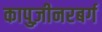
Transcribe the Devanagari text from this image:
कापुज़ीनरबर्ग